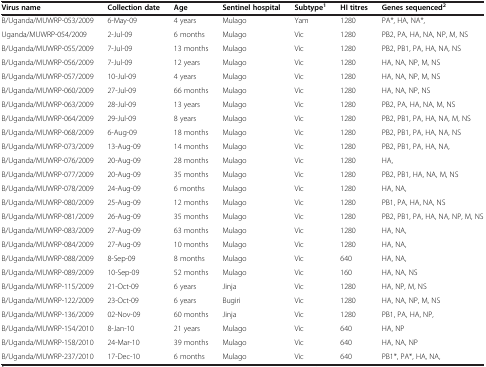
<table><thead><tr><td><b>Virus name</b></td><td><b>Collection date</b></td><td><b>Age</b></td><td><b>Sentinel hospital</b></td><td><b>Subtype<sup>1</sup></b></td><td><b>HI titres</b></td><td><b>Genes sequenced<sup>2</sup></b></td></tr></thead><tbody><tr><td>B/Uganda/MUWRP-053/2009</td><td>6-May-09</td><td>4 years</td><td>Mulago</td><td>Yam</td><td>1280</td><td>PA*, HA, NA*,</td></tr><tr><td>Uganda/MUWRP-054/2009</td><td>2-Jul-09</td><td>6 months</td><td>Mulago</td><td>Vic</td><td>1280</td><td>PB2, PA, HA, NA, NP, M, NS</td></tr><tr><td>B/Uganda/MUWRP-055/2009</td><td>7-Jul-09</td><td>13 months</td><td>Mulago</td><td>Vic</td><td>1280</td><td>PB2, PB1, PA, HA, NA, NS</td></tr><tr><td>B/Uganda/MUWRP-056/2009</td><td>7-Jul-09</td><td>12 years</td><td>Mulago</td><td>Vic</td><td>1280</td><td>HA, NA, NP, M, NS</td></tr><tr><td>B/Uganda/MUWRP-057/2009</td><td>10-Jul-09</td><td>4 years</td><td>Mulago</td><td>Vic</td><td>1280</td><td>HA, NA, NP, M, NS</td></tr><tr><td>B/Uganda/MUWRP-060/2009</td><td>27-Jul-09</td><td>66 months</td><td>Mulago</td><td>Vic</td><td>1280</td><td>HA, NA, NP, NS</td></tr><tr><td>B/Uganda/MUWRP-063/2009</td><td>28-Jul-09</td><td>13 years</td><td>Mulago</td><td>Vic</td><td>1280</td><td>PB2, PA, HA, NA, M, NS</td></tr><tr><td>B/Uganda/MUWRP-064/2009</td><td>29-Jul-09</td><td>8 years</td><td>Mulago</td><td>Vic</td><td>1280</td><td>PB2, PB1, PA, HA, NA, M, NS</td></tr><tr><td>B/Uganda/MUWRP-068/2009</td><td>6-Aug-09</td><td>18 months</td><td>Mulago</td><td>Vic</td><td>1280</td><td>PB2, PB1, PA, HA, NA, NS</td></tr><tr><td>B/Uganda/MUWRP-073/2009</td><td>13-Aug-09</td><td>14 months</td><td>Mulago</td><td>Vic</td><td>1280</td><td>PB2, PB1, PA, HA, NA,</td></tr><tr><td>B/Uganda/MUWRP-076/2009</td><td>20-Aug-09</td><td>28 months</td><td>Mulago</td><td>Vic</td><td>1280</td><td>HA,</td></tr><tr><td>B/Uganda/MUWRP-077/2009</td><td>20-Aug-09</td><td>35 months</td><td>Mulago</td><td>Vic</td><td>1280</td><td>PB2, PB1, HA, NA, M, NS</td></tr><tr><td>B/Uganda/MUWRP-078/2009</td><td>24-Aug-09</td><td>6 months</td><td>Mulago</td><td>Vic</td><td>1280</td><td>HA, NA,</td></tr><tr><td>B/Uganda/MUWRP-080/2009</td><td>25-Aug-09</td><td>12 months</td><td>Mulago</td><td>Vic</td><td>1280</td><td>PB1, PA, HA, NA, NS</td></tr><tr><td>B/Uganda/MUWRP-081/2009</td><td>26-Aug-09</td><td>35 months</td><td>Mulago</td><td>Vic</td><td>1280</td><td>PB2, PB1, PA, HA, NA, NP, M, NS</td></tr><tr><td>B/Uganda/MUWRP-083/2009</td><td>27-Aug-09</td><td>63 months</td><td>Mulago</td><td>Vic</td><td>1280</td><td>HA, NA,</td></tr><tr><td>B/Uganda/MUWRP-084/2009</td><td>27-Aug-09</td><td>10 months</td><td>Mulago</td><td>Vic</td><td>1280</td><td>HA, NA,</td></tr><tr><td>B/Uganda/MUWRP-088/2009</td><td>8-Sep-09</td><td>8 months</td><td>Mulago</td><td>Vic</td><td>640</td><td>HA, NA,</td></tr><tr><td>B/Uganda/MUWRP-089/2009</td><td>10-Sep-09</td><td>52 months</td><td>Mulago</td><td>Vic</td><td>160</td><td>HA, NA, NS</td></tr><tr><td>B/Uganda/MUWRP-115/2009</td><td>21-Oct-09</td><td>6 years</td><td>Jinja</td><td>Vic</td><td>1280</td><td>HA, NP, M, NS</td></tr><tr><td>B/Uganda/MUWRP-122/2009</td><td>23-Oct-09</td><td>6 years</td><td>Bugiri</td><td>Vic</td><td>1280</td><td>HA, NA, NP, M, NS</td></tr><tr><td>B/Uganda/MUWRP-136/2009</td><td>02-Nov-09</td><td>60 months</td><td>Jinja</td><td>Vic</td><td>1280</td><td>PB1, PA, HA, NP,</td></tr><tr><td>B/Uganda/MUWRP-154/2010</td><td>8-Jan-10</td><td>21 years</td><td>Mulago</td><td>Vic</td><td>640</td><td>HA, NP</td></tr><tr><td>B/Uganda/MUWRP-158/2010</td><td>24-Mar-10</td><td>39 months</td><td>Mulago</td><td>Vic</td><td>640</td><td>HA, NA, NP</td></tr><tr><td>B/Uganda/MUWRP-237/2010</td><td>17-Dec-10</td><td>6 months</td><td>Mulago</td><td>Vic</td><td>640</td><td>PB1*, PA*, HA, NA,</td></tr></tbody></table>